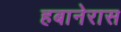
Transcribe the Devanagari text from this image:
हबानेरास